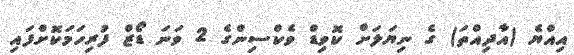
އިއްޔެ (އާދިއްތަ) ގެ ނިޔަލަށް ކޮވިޑް ވެކްސިންގެ 2 ވަނަ ޑޯޒް ފުރިހަމަކޮށްފައި